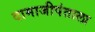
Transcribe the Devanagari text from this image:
दामाजीपंताला